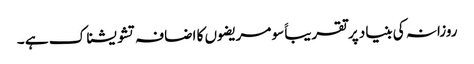
روزانہ کی بنیاد پر تقریباََ سو مریضوں کا اضافہ تشویشناک ہے ۔